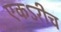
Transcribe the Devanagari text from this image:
एकऽरीच